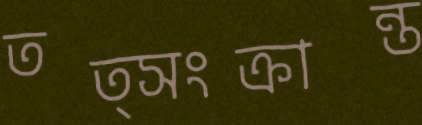
তত্সংক্রান্ত